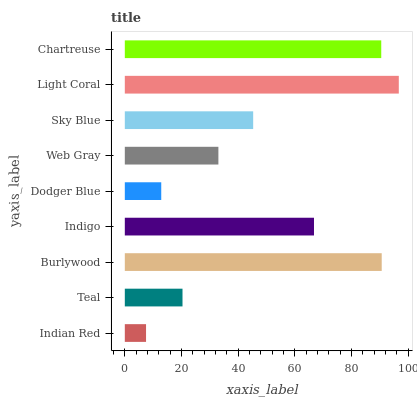
| yaxis_label | bars |
 | --- | --- |
 | Indian Red | 7.5 |
 | Teal | 20.4 |
 | Burlywood | 90.7 |
 | Indigo | 66.8 |
 | Dodger Blue | 12.9 |
 | Web Gray | 33 |
 | Sky Blue | 45.3 |
 | Light Coral | 96.7 |
 | Chartreuse | 90.5 |